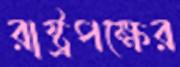
রাষ্ট্রপক্ষের